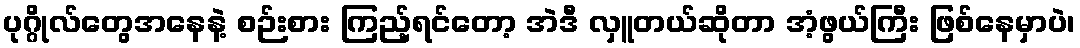
ပုဂ္ဂိုလ်တွေအနေနဲ့ စဉ်းစား ကြည့်ရင်တော့ အဲဒီ လှူတယ်ဆိုတာ အံ့ဖွယ်ကြီး ဖြစ်နေမှာပဲ၊